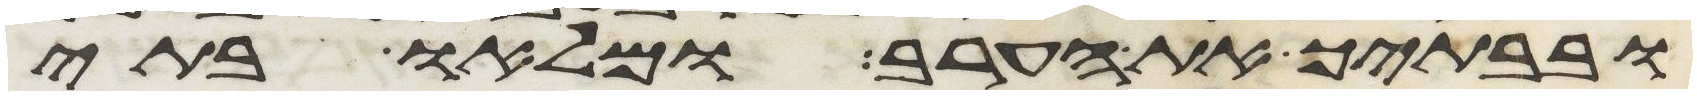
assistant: ובבתיך את הערב ומלאו בתי